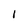
Character: l